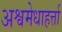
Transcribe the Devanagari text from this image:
अश्वमेधाहर्त्ता